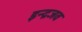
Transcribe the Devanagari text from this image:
इन्द्रजव